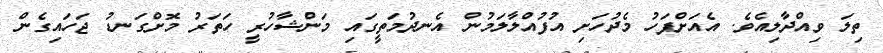
ތިލަ ވިއްދާލިއެވެ. އެއަށްފަހު މެދުހަށި އުފުއްލާލަމުން އެނދުމަތީގައި މަންޝާހުރީ ހަތަރު މޮށްގަނޑު ޖަހައިގެން